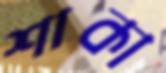
শাকা